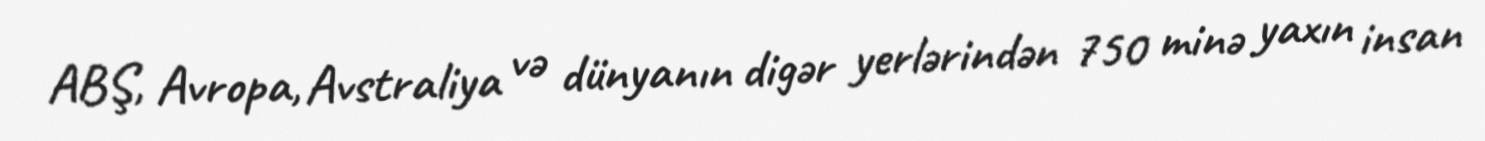
ABŞ, Avropa, Avstraliya və dünyanın digər yerlərindən 750 minə yaxın insan